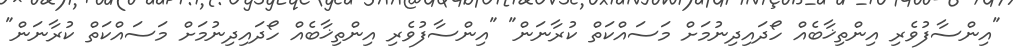
"އިންސާފުވެރި އިންތިޚާބެއް ހޯދައިދިނުމަށް މަސައްކަތް ކުރާނަން" "އިންސާފުވެރި އިންތިޚާބެއް ހޯދައިދިނުމަށް މަސައްކަތް ކުރާނަން"